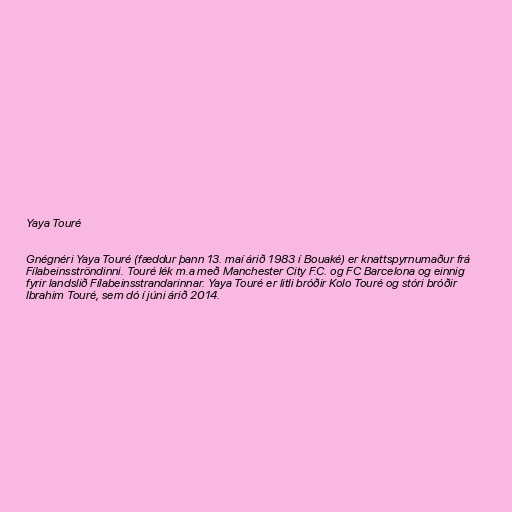
Yaya Touré

Gnégnéri Yaya Touré (fæddur þann 13. maí árið 1983 í Bouaké) er knattspyrnumaður frá
Fílabeinsströndinni. Touré lék m.a með Manchester City F.C. og FC Barcelona og einnig
fyrir landslið Fílabeinsstrandarinnar. Yaya Touré er litli bróðir Kolo Touré og stóri bróðir
Ibrahim Touré, sem dó í júni árið 2014.